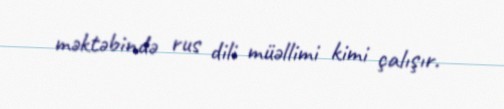
məktəbində rus dili müəllimi kimi çalışır.